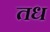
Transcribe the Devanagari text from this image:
तध